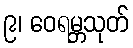
၉၊ ဝေရမ္ဘသုတ်